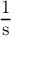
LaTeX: \mathrm { { \frac { 1 } { s } } }